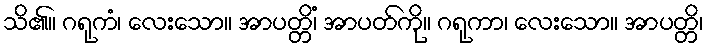
သိ၏။ ဂရုကံ၊ လေးသော။ အာပတ္တိံ၊ အာပတ်ကို။ ဂရုကာ၊ လေးသော။ အာပတ္တိ၊